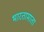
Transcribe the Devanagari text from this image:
भारतामाता